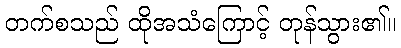
တက်စသည် ထိုအသံကြောင့် တုန်သွား၏။